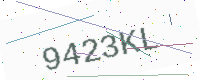
Text: 9423KL